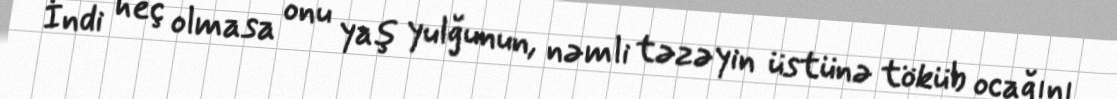
İndi heç olmasa onu yaş yulğunun, nəmli təzəyin üstünə töküb ocağını